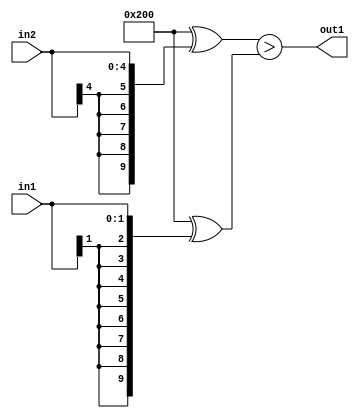
`timescale 1ps / 1ps
/*****************************************************************************
    Verilog RTL Description
    
    
    Created by: Stratus DpOpt 21.05.01 
*******************************************************************************/

module dut_GreaterThan_5Sx2S_1U_4 (
	in2,
	in1,
	out1
	); /* architecture "behavioural" */ 
input [4:0] in2;
input [1:0] in1;
output  out1;
wire  asc001;

assign asc001 = ((10'B1000000000 ^ {{5{in2[4]}}, in2})>(10'B1000000000 ^ {{8{in1[1]}}, in1}));

assign out1 = asc001;
endmodule

/* CADENCE  ubb5Sg0= : u9/ySxbfrwZIxEzHVQQV8Q== ** DO NOT EDIT THIS LINE ******/